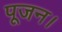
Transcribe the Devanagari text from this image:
पूजन।